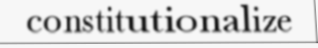
constitutionalize